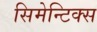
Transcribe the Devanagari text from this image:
सिमेन्टिक्स